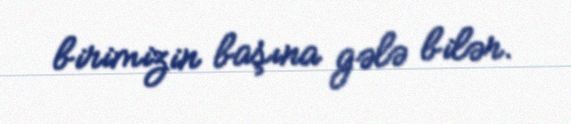
birimizin başına gələ bilər.